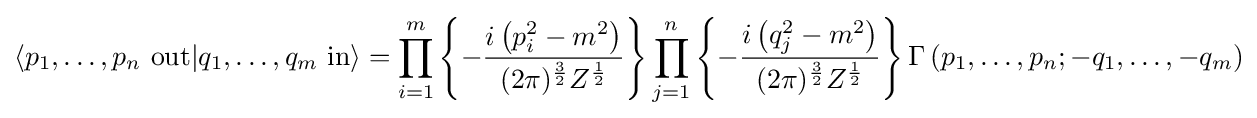
\langle p_{1},\ldots ,p_{n}\ \mathrm {out} |q_{1},\ldots ,q_{m}\ \mathrm {in} \rangle =\prod _{i=1}^{m}\left\{-{\frac {i\left(p_{i}^{2}-m^{2}\right)}{(2\pi )^{\frac {3}{2}}Z^{\frac {1}{2}}}}\right\}\prod _{j=1}^{n}\left\{-{\frac {i\left(q_{j}^{2}-m^{2}\right)}{(2\pi )^{\frac {3}{2}}Z^{\frac {1}{2}}}}\right\}\Gamma \left(p_{1},\ldots ,p_{n};-q_{1},\ldots ,-q_{m}\right)